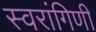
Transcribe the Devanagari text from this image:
स्वरांगिणी